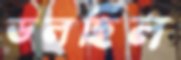
ডলছিল